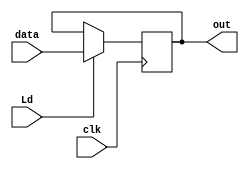
`timescale 1ns / 1ps
//////////////////////////////////////////////////////////////////////////////////
// Company: 
// Engineer: 
// 
// Design Name: 
// Module Name: PIPO
// Project Name: 
// Target Devices: 
// Tool Versions: 
// Description: 
// 
// Dependencies: 
// 
// Revision:
// Revision 0.01 - File Created
// Additional Comments:
// 
//////////////////////////////////////////////////////////////////////////////////


module PIPO(
input [15:0] data, input Ld, clk, output [15:0] out
    );
    reg [15:0] store;
    assign out= store;
    always@(posedge clk) begin
        if (Ld==1)store<=data;
        end 
endmodule